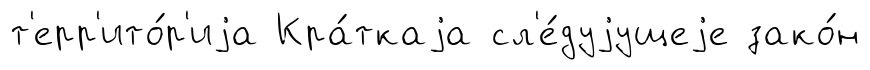
т'ерр'ито́р'иjа Кра́ткаjа сл'е́дуjущеjе зако́н